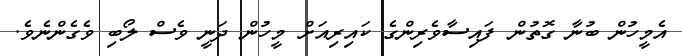
އެމީހުން ބުނާ ގޮތުން ފައިސާވެރިންގެ ކައިރިއަށް މީހުން ދަނީ ވެސް ލޯބި ވެގެންނެވެ.